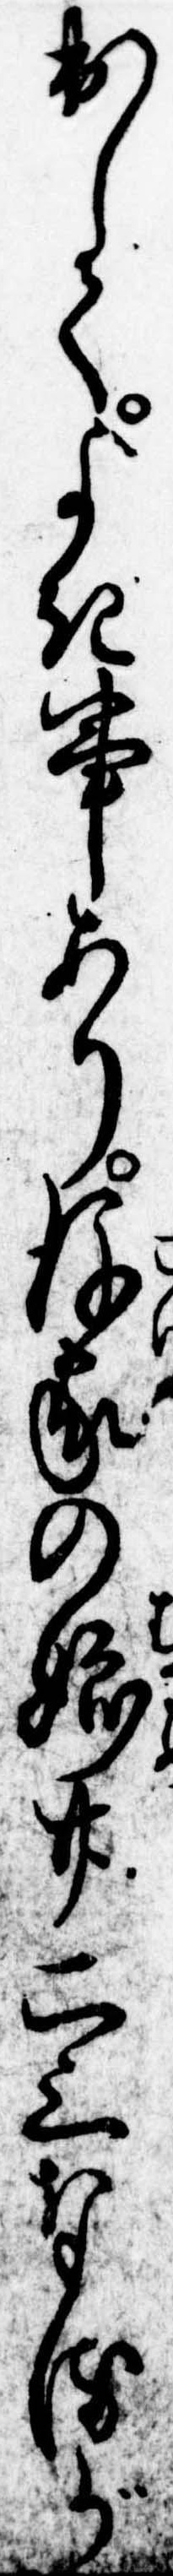
出してよき事あり後家の娘廿二三なるが